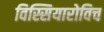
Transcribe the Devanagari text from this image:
विस्सियारोविच